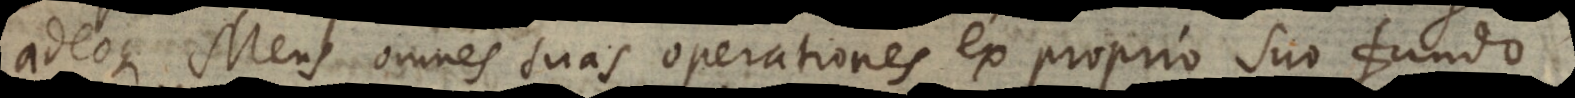
adeoque Mens omnes suas operationes ex proprio suo fundo